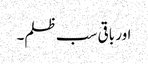
اور باقی سب ظلم۔